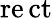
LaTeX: \operatorname{r\mathrm{e}ct}